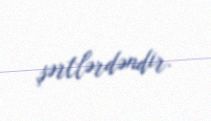
şərtlərdəndir.